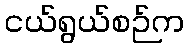
ငယ်ရွယ်စဉ်က